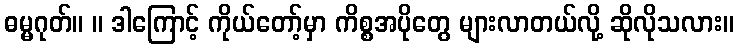
ဓမ္မဂုတ်။ ။ ဒါကြောင့် ကိုယ်တော့်မှာ ကိစ္စအပိုတွေ များလာတယ်လို့ ဆိုလိုသလား။